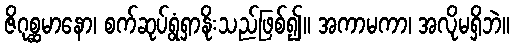
ဇိဂုစ္ဆမာနော၊ စက်ဆုပ်ရွံရှာနိုးသည်ဖြစ်၍။ အကာမကာ၊ အလိုမရှိဘဲ။